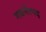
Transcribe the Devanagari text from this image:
गवर्नरपद